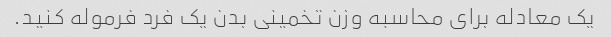
یک معادله برای محاسبه وزن تخمینی بدن یک فرد فرموله کنید.